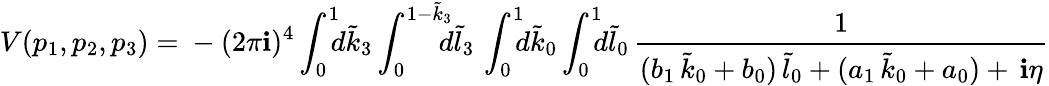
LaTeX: V(p_{1},p_{2},p_{3})={}-(2\pi\mathbf{i})^{4}\int_{0}^{1}\! \! \! d\tilde{{k}}_{3}\int_{0}^{1-\tilde{{k}}_{3}}\! \! \! \! d\tilde{{l}}_{3}\, \int_{0}^{1}\! \! \! d\tilde{{k}}_{0}\int_{0}^{1}\! \! \! d\tilde{{l}}_{0}\, \frac{{1}}{{(b_{1}\, \tilde{{k}}_{0}+b_{0})\, \tilde{{l}}_{0}+(a_{1}\, \tilde{{k}}_{0}+a_{0})+\, \mathbf{i}\eta}}